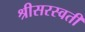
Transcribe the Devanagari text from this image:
श्रीसरस्वती